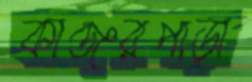
কাঞ্জরপাড়া